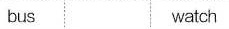
bus watch